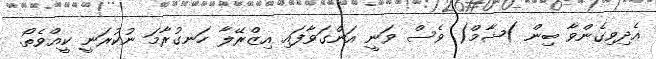
އެދިވިގެންވާ ބިން )ޝާމް( ވެސް ވަނީ އަންގަވާފައި އިޒްރޭލާ ހަނގުރާމަ ނުކުރަނީ ކީއްވެތޯ.